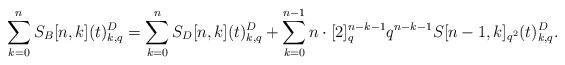
LaTeX: \begin{align*} \sum_{k=0}^{n}S_B[n,k](t)_{k,q}^D = \sum_{k=0}^{n}S_D[n,k](t)_{k,q}^D+\sum_{k=0}^{n-1}n\cdot[2]_q^{n-k-1}q^{n-k-1}S[n-1,k]_{q^2}(t)_{k,q}^D.\end{align*}